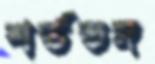
শর্তভঙ্গ